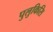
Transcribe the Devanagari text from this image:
पुलुकिसि